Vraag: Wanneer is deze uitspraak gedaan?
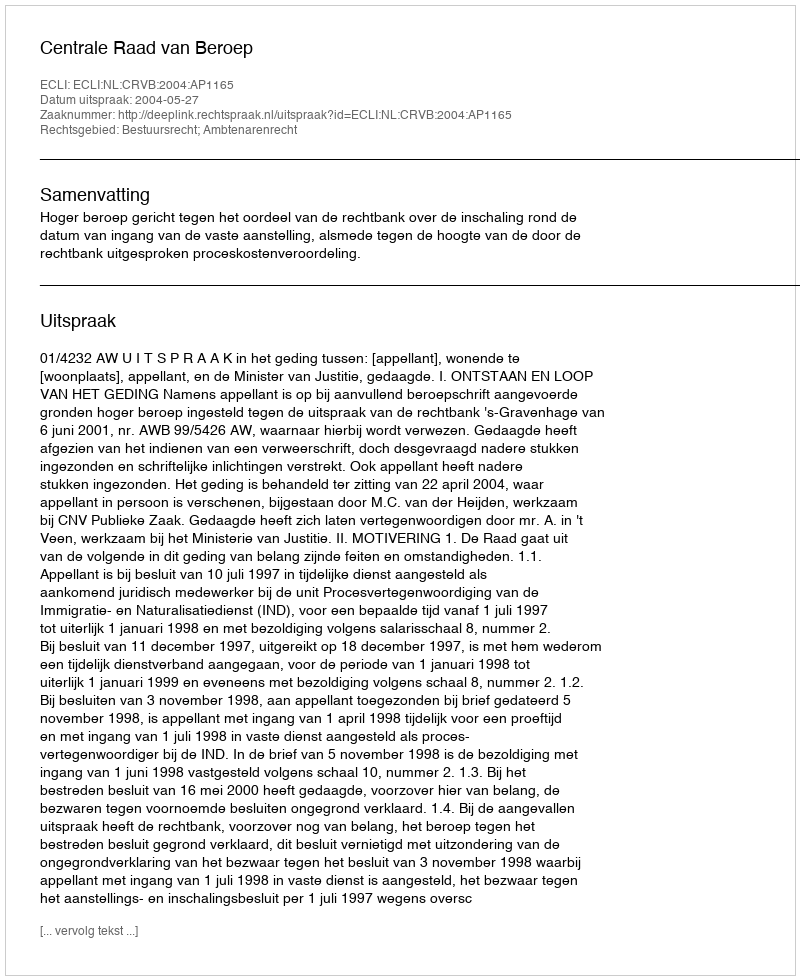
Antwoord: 2004-05-27